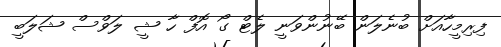
ފިރިމީހާއަށް ބުނެލަން ބޭނުންވަނީ ލެޓް ގޯ އޮފް ހާ ޝީ ލަވްސް ޝަލަބީ